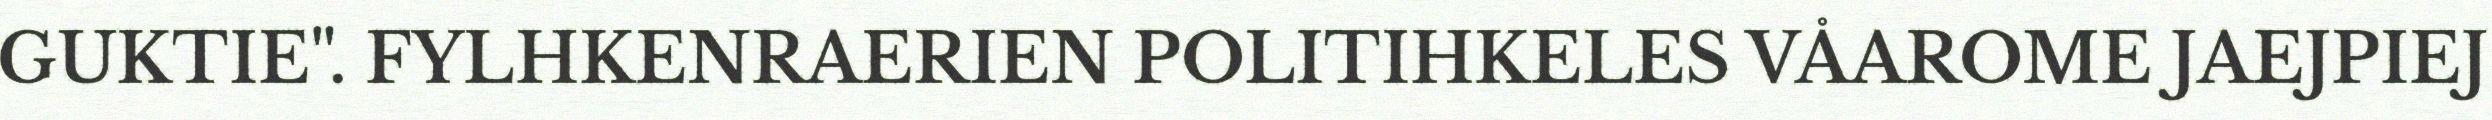
GUKTIE". FYLHKENRAERIEN POLITIHKELES VÅAROME JAEJPIEJ